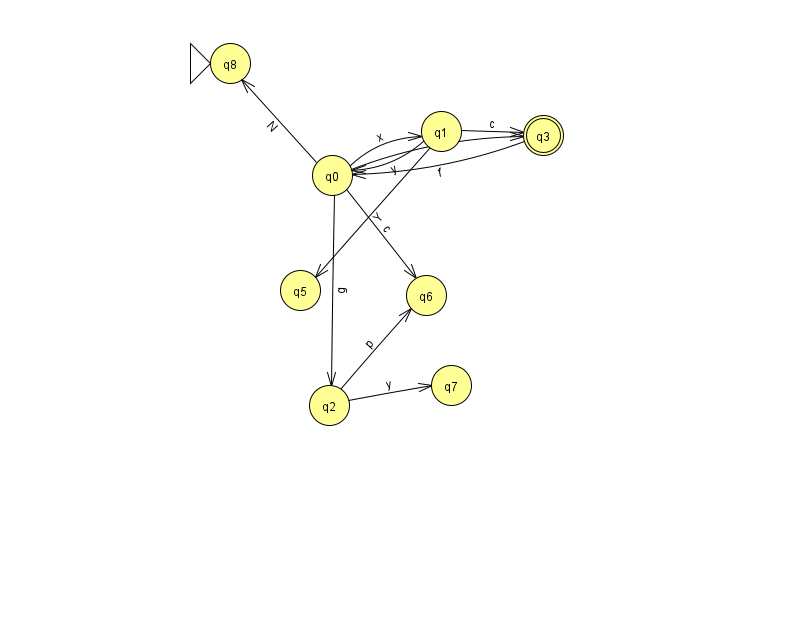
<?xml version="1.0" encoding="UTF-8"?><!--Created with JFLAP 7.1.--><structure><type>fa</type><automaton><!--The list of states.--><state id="0" name="q0"><x>332.0</x><y>162.0</y></state><state id="1" name="q1"><x>441.0</x><y>118.0</y></state><state id="2" name="q2"><x>329.0</x><y>392.0</y></state><state id="3" name="q3"><x>543.0</x><y>122.0</y><final/></state><state id="5" name="q5"><x>300.0</x><y>277.0</y></state><state id="6" name="q6"><x>426.0</x><y>282.0</y></state><state id="7" name="q7"><x>451.0</x><y>372.0</y></state><state id="8" name="q8"><x>230.0</x><y>50.0</y><initial/></state><!--The list of transitions.--><transition><from>3</from><to>0</to><read>f</read></transition><transition><from>1</from><to>3</to><read>c</read></transition><transition><from>1</from><to>5</to><read>Y</read></transition><transition><from>0</from><to>2</to><read>g</read></transition><transition><from>2</from><to>7</to><read>y</read></transition><transition><from>0</from><to>8</to><read>N</read></transition><transition><from>0</from><to>1</to><read>x</read></transition><transition><from>1</from><to>0</to><read>y</read></transition><transition><from>0</from><to>3</to><read>X</read></transition><transition><from>0</from><to>6</to><read>c</read></transition><transition><from>2</from><to>6</to><read>p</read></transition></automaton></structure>